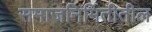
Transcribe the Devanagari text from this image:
समाजनिर्मितीतील